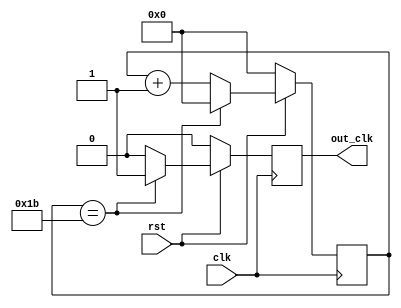
`timescale 1ns / 1ps
//////////////////////////////////////////////////////////////////////////////////
// Company: 
// Engineer: 
// 
// Design Name: 
// Module Name: slow_clk
// Project Name: 
// Target Devices: 
// Tool Versions: 
// Description: 
// 
// Dependencies: 
// 
// Revision:
// Revision 0.01 - File Created
// Additional Comments:
// 
//////////////////////////////////////////////////////////////////////////////////


module slow_clk(clk, rst, out_clk);
    
    input clk, rst;
    output reg out_clk;
    
    reg [4:0] counter;
    always @ (posedge clk)
	begin
	
		if(!rst)
		begin
			counter <= 0;
			out_clk <= 0;
        end
		else
		begin
            if(counter == 27)
            begin 
                out_clk <= 1;
                counter <= 0;
            end
            else	
            begin
                out_clk <= 0;
                counter <= counter + 1;
            end
       end
	end
endmodule